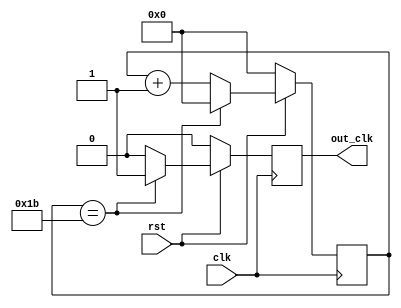
`timescale 1ns / 1ps
//////////////////////////////////////////////////////////////////////////////////
// Company: 
// Engineer: 
// 
// Design Name: 
// Module Name: slow_clk
// Project Name: 
// Target Devices: 
// Tool Versions: 
// Description: 
// 
// Dependencies: 
// 
// Revision:
// Revision 0.01 - File Created
// Additional Comments:
// 
//////////////////////////////////////////////////////////////////////////////////


module slow_clk(clk, rst, out_clk);
    
    input clk, rst;
    output reg out_clk;
    
    reg [4:0] counter;
    always @ (posedge clk)
	begin
	
		if(!rst)
		begin
			counter <= 0;
			out_clk <= 0;
        end
		else
		begin
            if(counter == 27)
            begin 
                out_clk <= 1;
                counter <= 0;
            end
            else	
            begin
                out_clk <= 0;
                counter <= counter + 1;
            end
       end
	end
endmodule